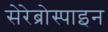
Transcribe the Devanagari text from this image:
सेरेब्रोस्पाइन